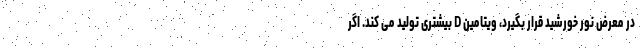
در معرض نور خورشید قرار بگیرد، ویتامین D بیشتری تولید می کند. اگر